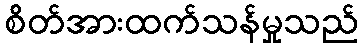
စိတ်အားထက်သန်မှုသည်